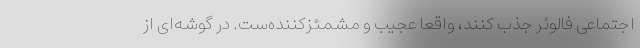
اجتماعی فالوئر جذب کنند، واقعا عجیب و مشمئزکننده‌ست. در گوشه‌ای از